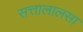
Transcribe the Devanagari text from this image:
सत्तालालसा